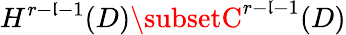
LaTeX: H^{r-\mathfrak{l}-1}(D)\subsetC^{r-\mathfrak{l}-1}(D)